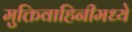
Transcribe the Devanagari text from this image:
मुक्तिवाहिनीमध्ये